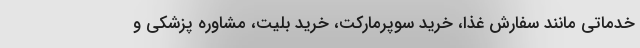
خدماتی مانند سفارش غذا، خرید سوپرمارکت، خرید بلیت، مشاوره پزشکی و